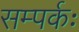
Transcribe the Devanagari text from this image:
सम्पर्कः